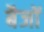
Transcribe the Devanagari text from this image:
बैजों